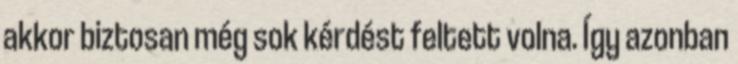
akkor biztosan még sok kérdést feltett volna. Így azonban